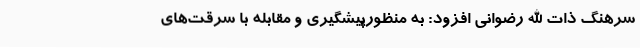
سرهنگ ذات الله رضوانی افزود: به منظورپیشگیری و مقابله با سرقت‌های